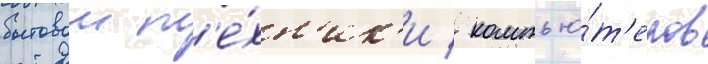
бытовои т'е́хн'ик'и / компью́т'еров